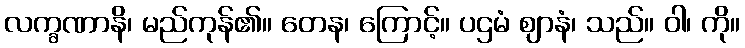
လက္ခဏာနိ၊ မည်ကုန်၏။ တေန၊ ကြောင့်။ ပဌမံ ဈာနံ၊ သည်။ ဝါ၊ ကို။